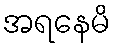
အရနေမိ